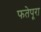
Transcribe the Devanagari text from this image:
फतेपूरा